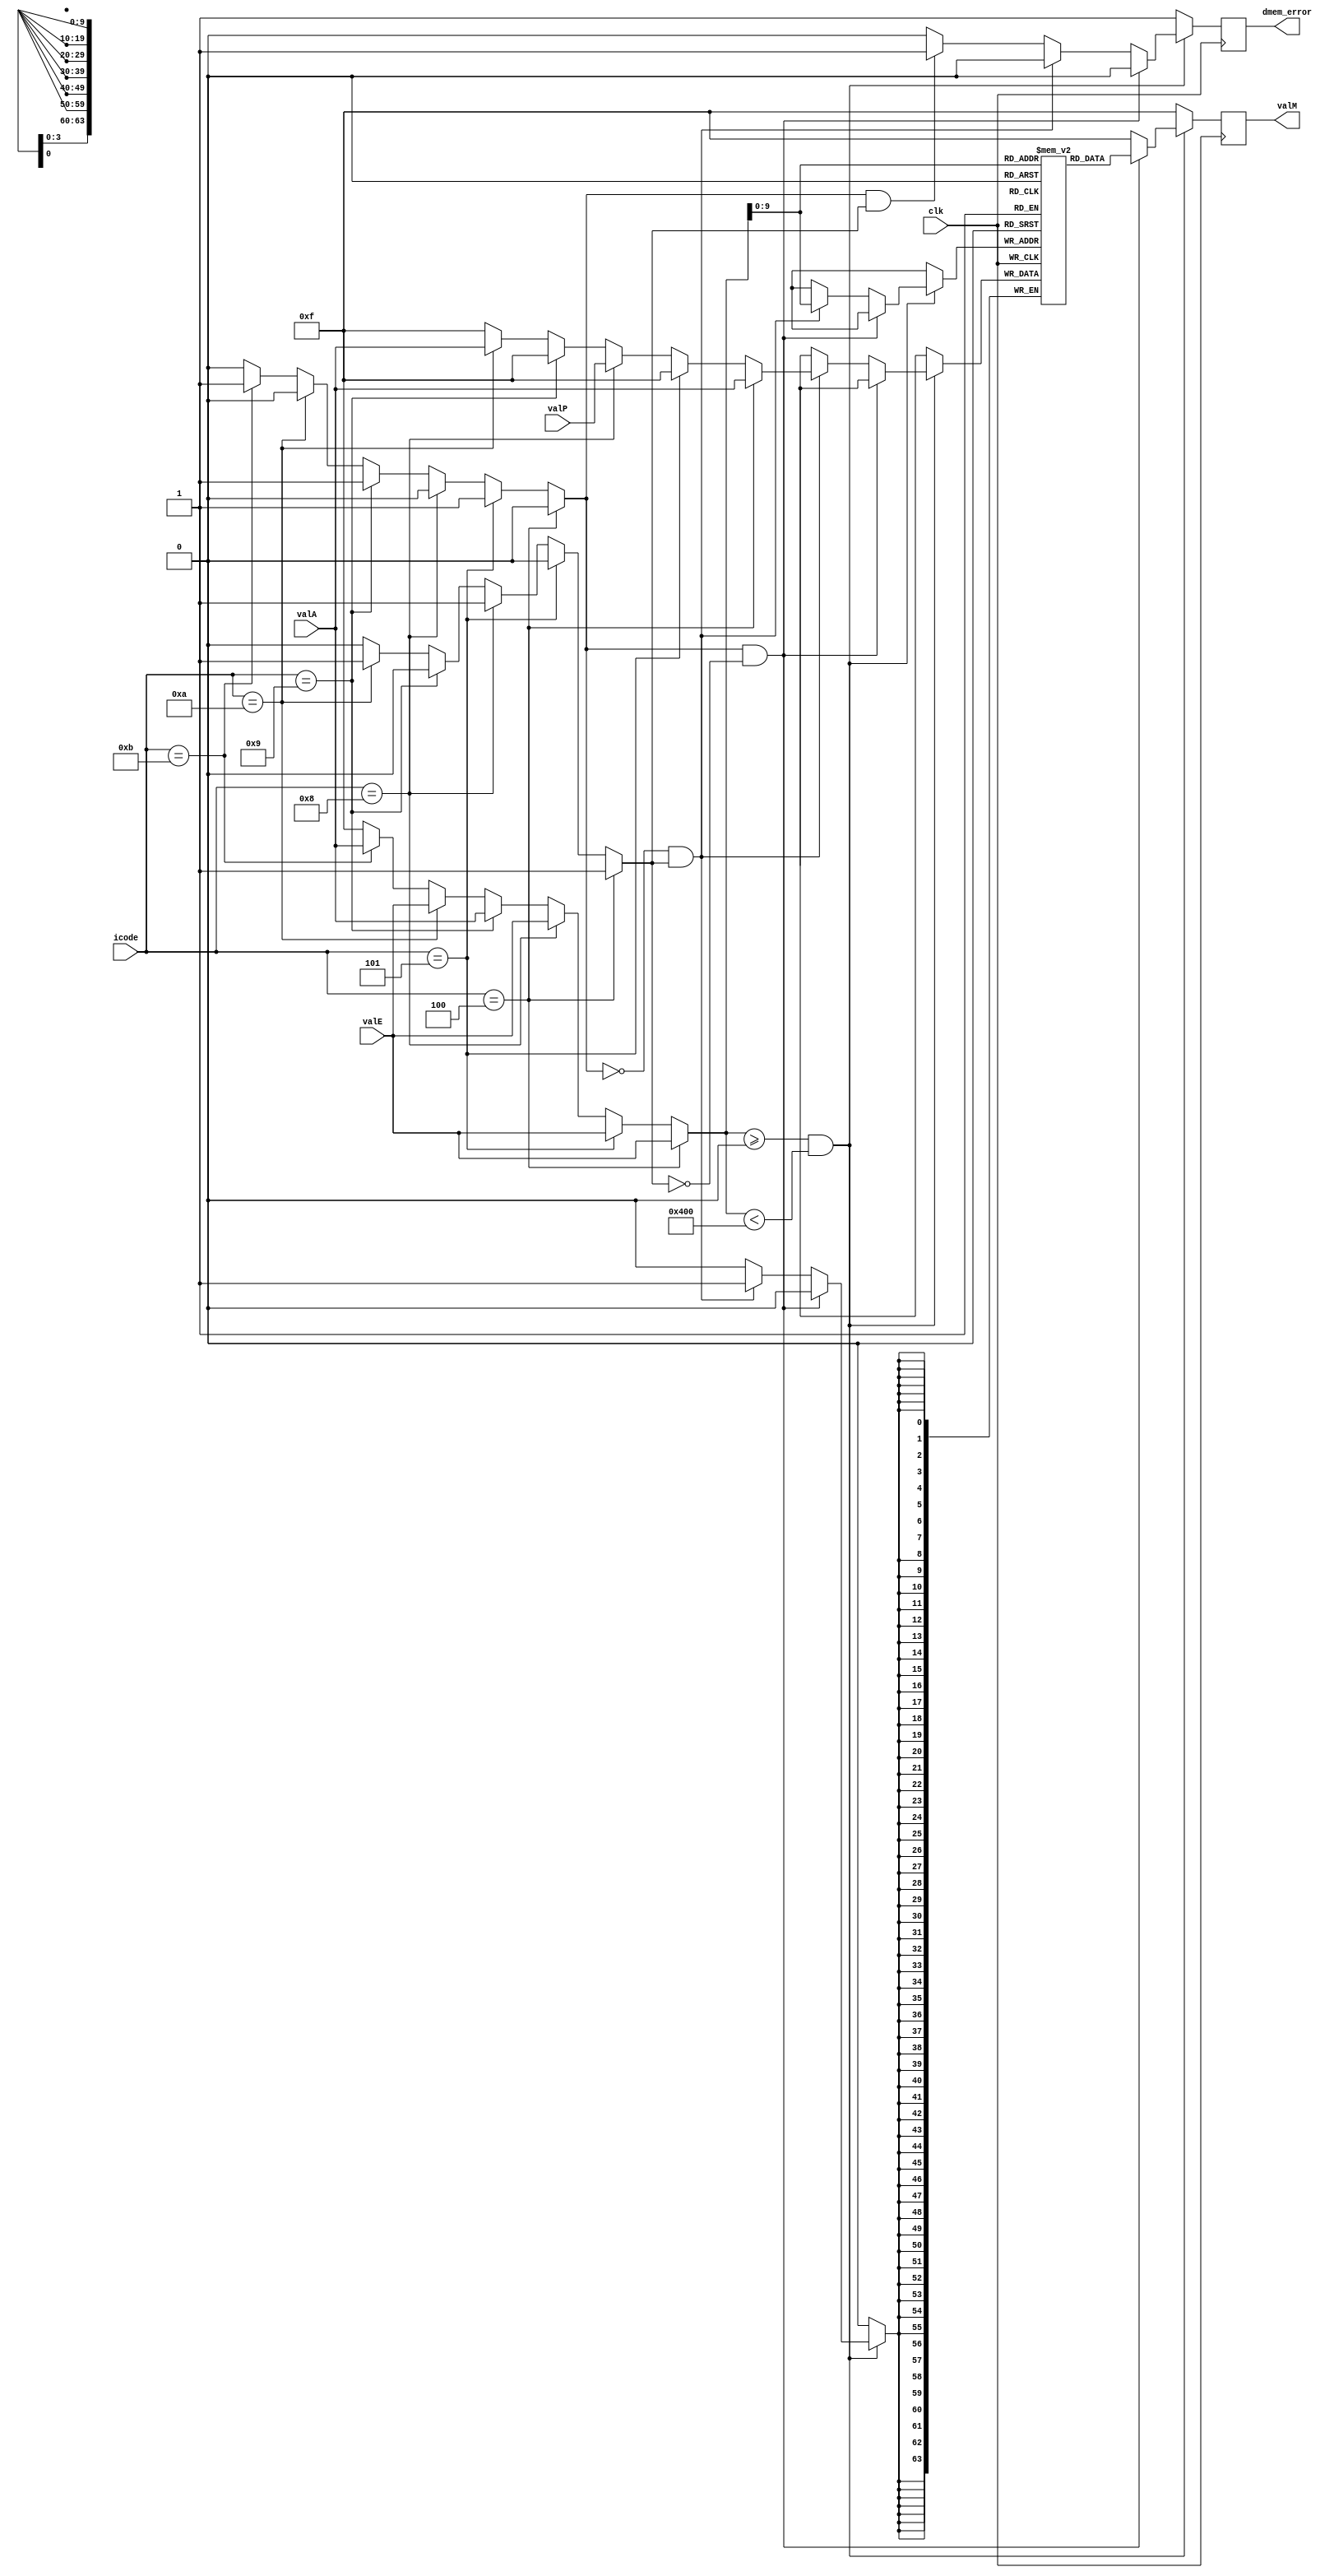
module memory(
input clk,
input [3:0]icode,
input [63:0]valA,
input [63:0]valE,
input [63:0]valP,
output reg[63:0]valM,
output reg dmem_error
);

reg [63:0]data_mem[0:1023];
reg read,write;
reg [63:0]address;
reg [63:0]data_w;

initial
begin
    data_mem[0] = 64'd0;
    data_mem[1] = 64'd1;
    data_mem[2] = 64'd2;
    data_mem[3] = 64'd3;
    data_mem[4] = 64'd4;
    data_mem[5] = 64'd5;
    data_mem[6] = 64'd6;
    data_mem[7] = 64'd7;
    data_mem[8] = 64'd8;
    data_mem[9] = 64'd9;
    data_mem[10] = 64'd10;
end

always @(negedge clk)
begin
    
    address = 64'hf;
    data_w = 64'hf;
    read = 0; write = 0;
    valM = 64'hf;
    dmem_error = 0;

    if(icode == 4'd4) // rmmovq
    begin
        data_w = valA;
        address = valE;
        write = 1;
    end
    else if(icode == 4'd5) // mrmovq
    begin
        address = valE;
        read = 1;
    end
    else if(icode == 4'd8) // call
    begin
        data_w = valP;
        address = valE;
        write = 1;
    end
    else if(icode == 4'd9) // ret
    begin
        address = valA;
        read = 1;
    end
    else if(icode == 4'd10) // pushq
    begin
        data_w = valA;
        address = valE;
        write = 1;
    end
    else if(icode == 4'd11) // popq
    begin
        address = valA;
        read = 1;
    end

        // $display($time ," address=%d, data_w=%d, valA=%d, valE=%d",address, data_w,valA,valE);

    if(address>=0 && address<1024)
    begin
        if(read == 1 && write == 0)
        begin
            valM = data_mem[address];
        end
        else if(read == 0 && write == 1)
        begin
            data_mem[address] = data_w;
        end
        else if(read == 1 && write == 1)
        begin
            dmem_error = 1;
        end
    end
    else
    begin
        dmem_error = 1;
    end

        // $display($time, "dmem_error=%d", dmem_error);

end
endmodule